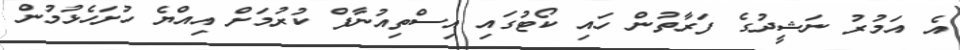
އެ އަމުރު ނަޝީދުގެ ފަރާތުން ހައި ކޯޓުގައި އިސްތިއުނާފް ކުރުމަށް އިއްޔެ ހުށަހެޅުމުން